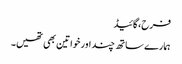
فرح،گائیڈ
ہمارے ساتھ چند اور خواتین بھی تھیں۔